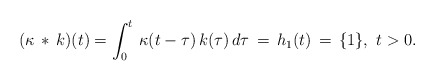
\begin{align*}(\kappa \, *\, k )(t) = \int_0^t \, \kappa(t-\tau)\, k(\tau)\, d\tau\, = \, h_1(t)\,= \, \{1\},\ t>0. \end{align*}